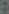
: